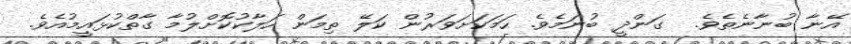
އޭނާ ބުނާނެތެވެ.  ގަންދީ ބުނަމެވެ. ހަމަކަށަވަރުން ކަލޭ ތިމަން ހަލާކުކޮށްލުމާ ގާތްކުޅައީމުއެވެ.